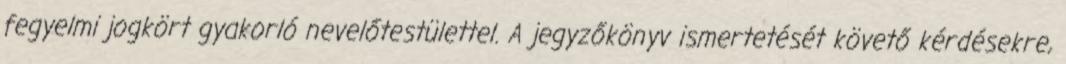
fegyelmi jogkört gyakorló nevelőtestülettel. A jegyzőkönyv ismertetését követő kérdésekre,